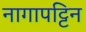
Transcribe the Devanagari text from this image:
नागापट्टिन